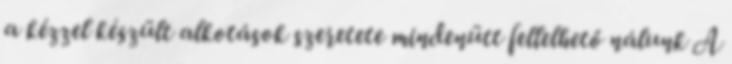
a kézzel készült alkotások szeretete mindenütt fellelhető nálunk A